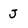
Character: J